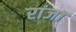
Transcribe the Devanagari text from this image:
रांजा